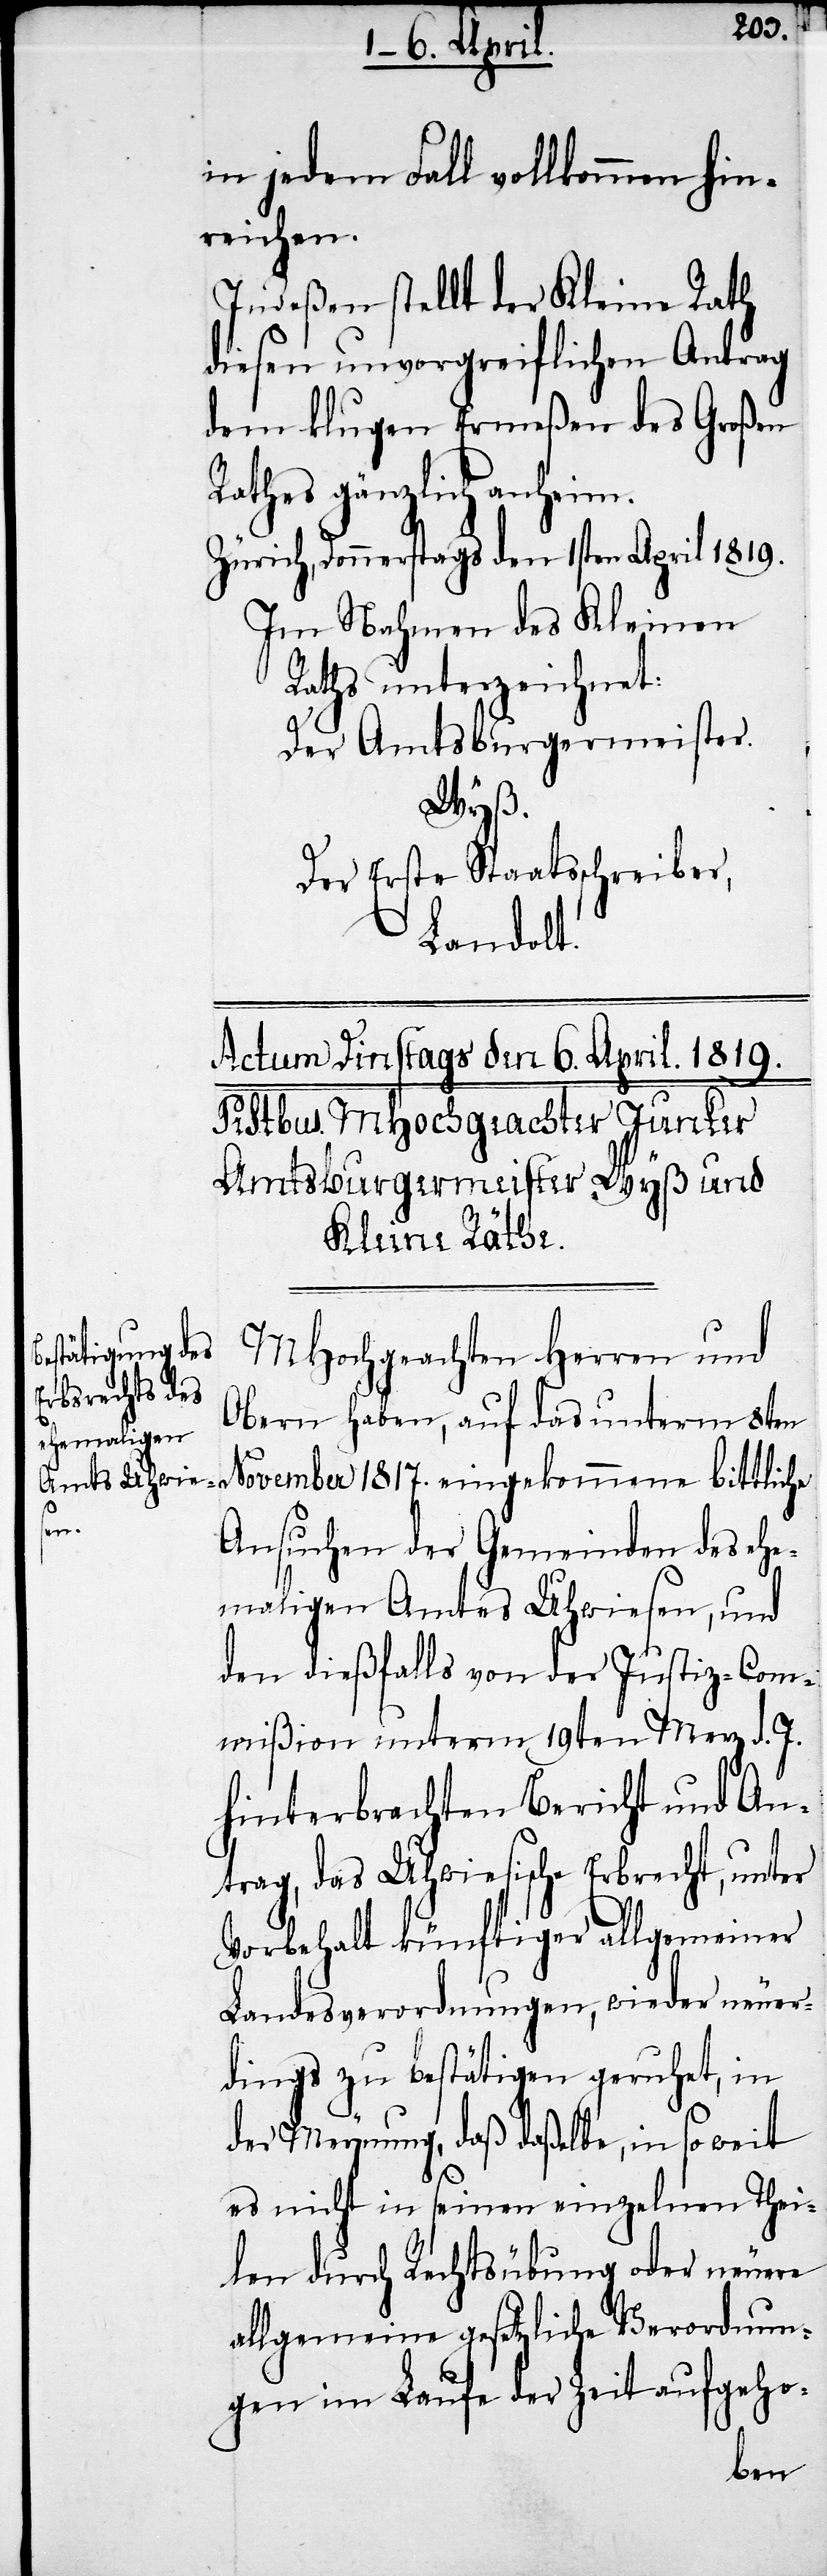
MHochgeachten Herren und
Obern haben, auf das unterm 8ten
Ansuchen der Gemeinden des ehe¬
maligen Amtes Uhwiesen, und
den dießfalls von der Justiz-Com¬
mißion unterm 19ten Merz d. J.
hinterbrachten Bericht und An¬
trag, das Uhwiesische Erbrecht, unter
Vorbehalt künftiger allgemeiner
Landesverordnungen, wieder neuer¬
dings zu bestätigen geruhet, in
der Meynung, daß daßelbe, in so weit
es nicht in seinen einzelnen Thei¬
len durch Rechtsübung oder neuere
allgemeine gesetzliche Verordnun¬
gen im Laufe der Zeit aufgeho-